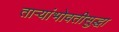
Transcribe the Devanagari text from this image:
ताऱ्यांभोवतीसुद्धा